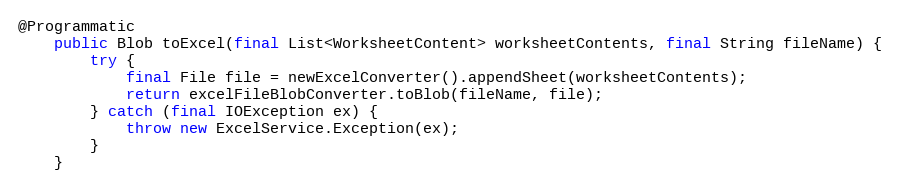
Language: Java
@Programmatic
    public Blob toExcel(final List<WorksheetContent> worksheetContents, final String fileName) {
        try {
            final File file = newExcelConverter().appendSheet(worksheetContents);
            return excelFileBlobConverter.toBlob(fileName, file);
        } catch (final IOException ex) {
            throw new ExcelService.Exception(ex);
        }
    }